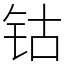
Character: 钴